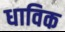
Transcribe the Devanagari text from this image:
धाविक